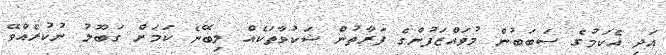
އަދި އެކަމުގެ ސަބަބުން މުވައްޒަފުންގެ ފަރާތުން ޝަކުވާތަކެއް ލިބޭނެ ކަމަށް ގަބޫލު ނުކުރެއްވޭ